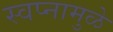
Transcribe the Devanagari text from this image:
स्वप्नामुळे